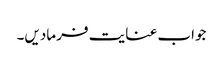
جواب عنایت فرمادیں۔